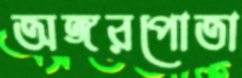
অঙ্গরপোতা